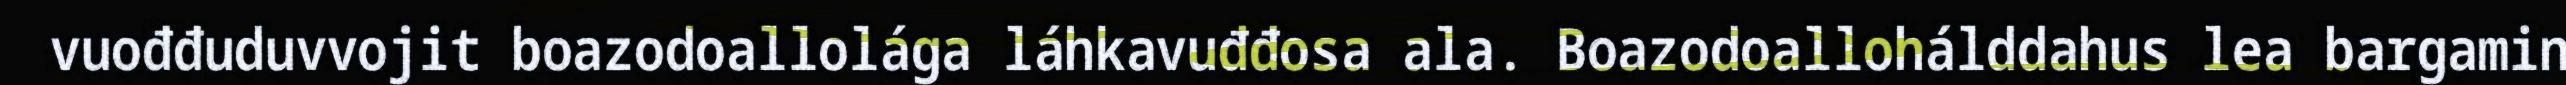
vuođđuduvvojit boazodoallolága láhkavuđđosa ala. Boazodoallohálddahus lea bargamin